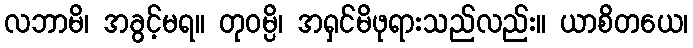
လဘာမိ၊ အခွင့်မရ။ တုဝမ္ပိ၊ အရှင်မိဖုရားသည်လည်း။ ယာစိတယေ၊